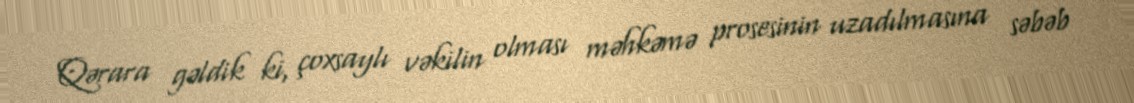
Qərara gəldik ki, çoxsaylı vəkilin olması məhkəmə prosesinin uzadılmasına səbəb